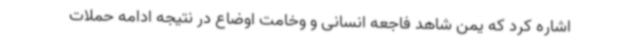
اشاره کرد که یمن شاهد فاجعه انسانی و وخامت اوضاع در نتیجه‌ ادامه حملات